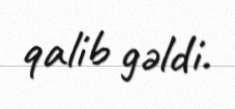
qalib gəldi.